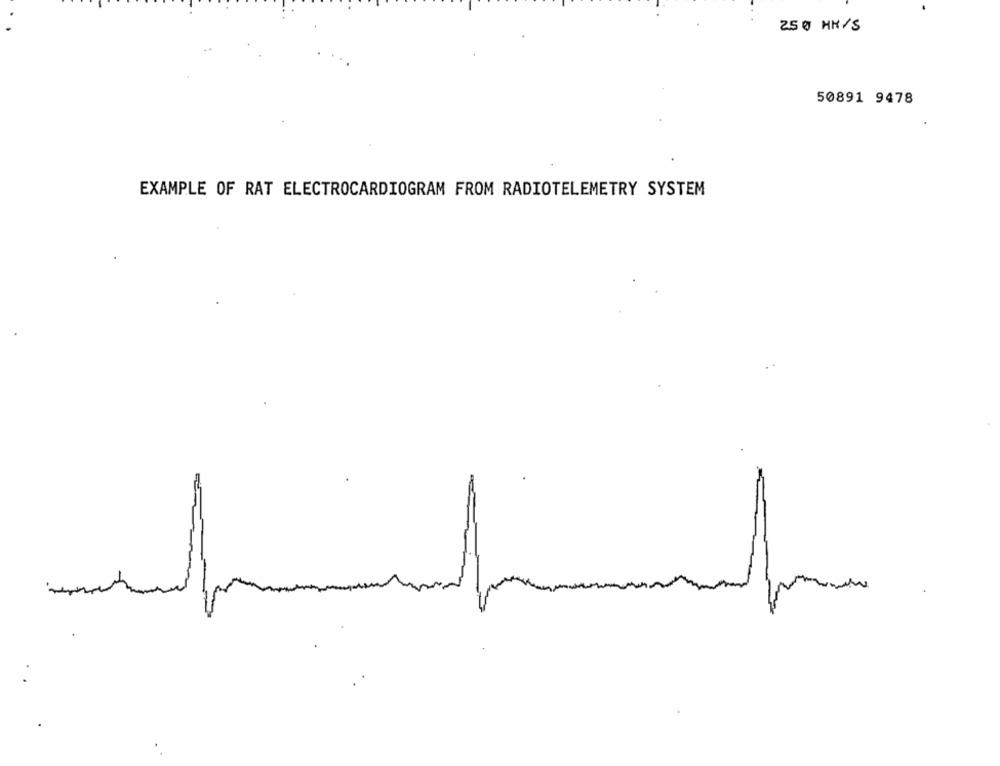
250 HK/S
50891 9478
EXAMPLE OF RAT ELECTROCARDIOGRAM FROM RADIOTELEMETRY SYSTEM